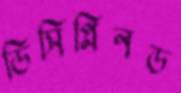
ডিসিপ্লিনড